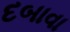
દબાવા